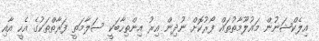
އިލެކްޝަނުން މައުލޫމާތުތައް ފޯރުކޮށް ނުދިން އިރު އިންތިހާބަކީ ސަލާމަތީ ފަރާތްތަކުގެ އެހީ އާއި